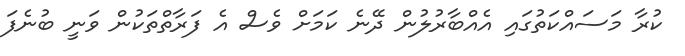
ކުރާ މަސައްކަތުގައި އެއްބާރުލުން ދޭނެ ކަމަށް ވެސް އެ ފަރާތްތަކުން ވަނީ ބުނެފަ